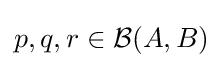
p,q,r\in {\mathcal {B}}(A,B)